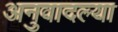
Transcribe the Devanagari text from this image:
अनुवादल्या